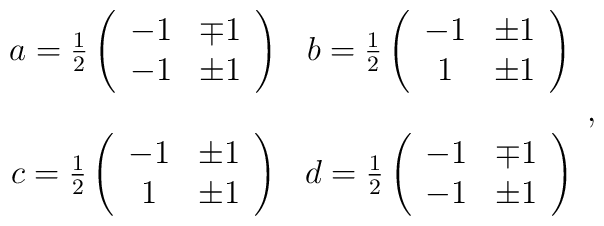
\begin{array}{cc} a = \frac{1}{2} \left( \begin{array}{cc} -1 & \mp 1 \\ -1 & \pm 1 \end{array} \right) & b = \frac{1}{2} \left( \begin{array}{cc} -1 & \pm1 \\ 1 & \pm 1 \end{array} \right) \\ & \\c = \frac{1}{2} \left( \begin{array}{cc} -1 & \pm 1 \\ 1 & \pm 1 \end{array} \right) & d = \frac{1}{2} \left( \begin{array}{cc} -1 & \mp 1 \\ -1 & \pm 1 \end{array} \right) \end{array},